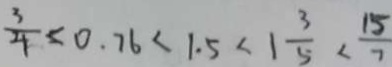
\frac { 3 } { 4 } < 0 . 7 6 < 1 . 5 < 1 \frac { 3 } { 5 } < \frac { 1 5 } { 7 }